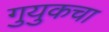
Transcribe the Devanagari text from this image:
गुयुकचा